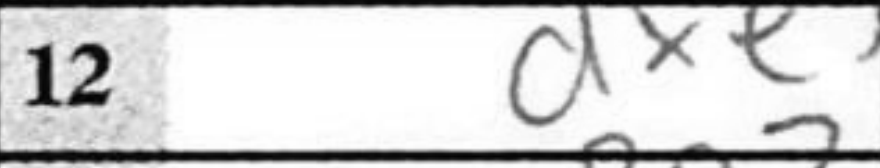
Transcription: dxe5